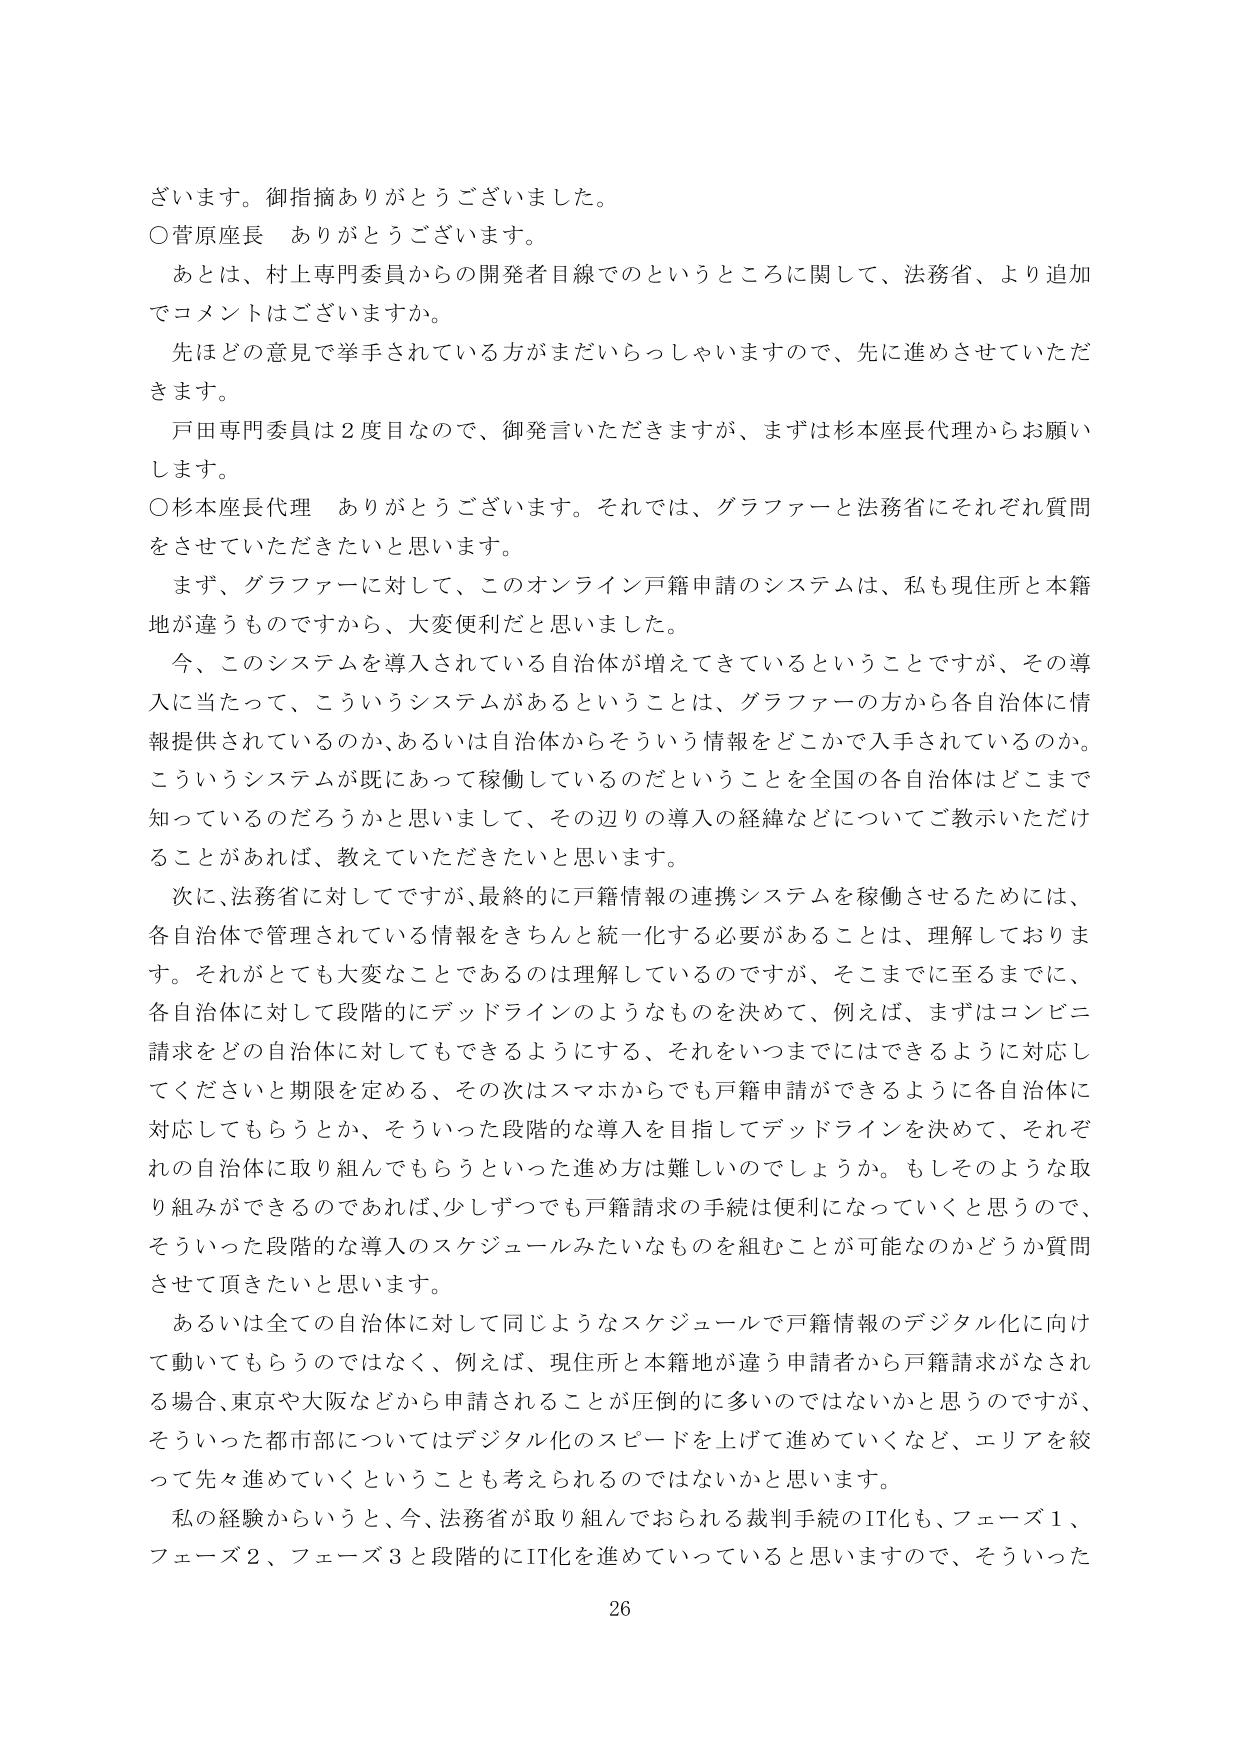
ざいます。御指摘ありがとうございました。
○菅原座長　ありがとうございます。
　あとは、村上専門委員からの開発者目線でのというところに関して、法務省、より追加でコメントはございますか。
　先ほどの意見で挙手されている方がまだいらっしゃいますので、先に進めさせていただきます。
　戸田専門委員は2度目なので、御発言いただきますが、まずは杉本座長代理からお願いします。
○杉本座長代理　ありがとうございます。それでは、グラファーと法務省にそれぞれ質問をさせていただきたいと思います。
　まず、グラファーに対して、このオンライン戸籍申請のシステムは、私も現住所と本籍地が違うものですから、大変便利だと思いました。
　今、このシステムを導入されている自治体が増えてきているということですが、その導入に当たって、こういうシステムがあるということは、グラファーの方から各自治体に情報提供されているのか、あるいは自治体からそういう情報をどこかで入手されているのか。こういうシステムが既にあって稼働しているのだということを全国の各自治体はどこまで知っているのだろうかと思いまして、その辺りの導入の経緯などについてご教示いただけることがあれば、教えていただきたいと思います。
　次に、法務省に対してですが、最終的に戸籍情報の連携システムを稼働させるためには、各自治体で管理されている情報をきちんと統一化する必要があることは、理解しております。それがとても大変なことであるのは理解しているのですが、そこまでに至るまでに、各自治体に対して段階的にデッドラインのようなものを決めて、例えば、まずはコンピュータ請求をどの自治体に対してもできるようにする、それをいつまでにはできるように対応してくださいと期限を定める、その次はスマホからでも戸籍申請ができるように各自治体に対応してもらうとか、そういった段階的な導入を目指してデッドラインを決めて、それぞれの自治体に取り組んでもらうといった進め方は難しいでしょうか。もしそのような取り組みができるのであれば、少しずつでも戸籍請求の手続は便利になっていくと思うので、そういった段階的な導入のスケジュールみたいなものを組むことが可能なのかどうか質問させて頂きたいと思います。
　あるいは全ての自治体に対して同じようなスケジュールで戸籍情報のデジタル化に向けた動いてもらうのではなく、例えば、現住所と本籍地が違う申請者から戸籍請求がなされる場合、東京や大阪などから申請されることが圧倒的に多いのではないかと思うのですが、そういった都市部についてはデジタル化のスピードを上げて進めていくなど、エリアを絞って先々進めていくということも考えられるのではないかと思います。
　私の経験からいうと、今、法務省が取り組んでおられる裁判手続のIT化も、フェーズ1、フェーズ2、フェーズ3と段階的にIT化を進めていっていると思いますので、そういった
26